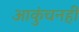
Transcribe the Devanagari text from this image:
आकुंचनही